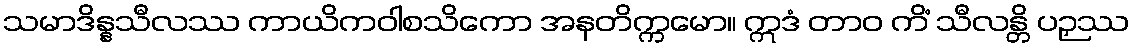
သမာဒိန္နသီလဿ ကာယိကဝါစသိကော အနတိက္ကမော။ ဣဒံ တာဝ ကိံ သီလန္တိ ပဉှဿ